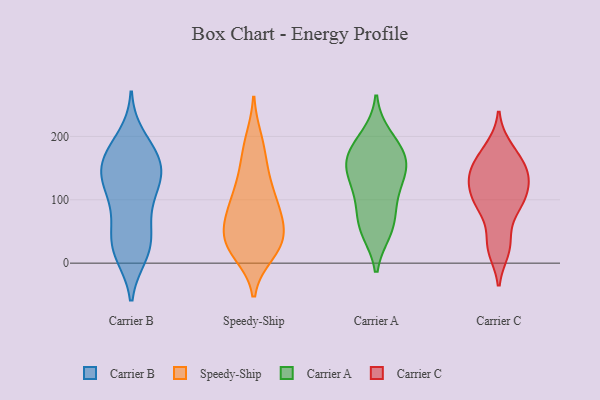
{"axis": {"x": "Budget (USD K)", "y": "Value"}, "legend": ["Carrier A", "Carrier B", "Carrier C", "Speedy-Ship"], "data": [{"x": "", "y": 165, "type": "Carrier B"}, {"x": "", "y": 154, "type": "Carrier B"}, {"x": "", "y": 43, "type": "Carrier B"}, {"x": "", "y": 165, "type": "Carrier B"}, {"x": "", "y": 168, "type": "Carrier B"}, {"x": "", "y": 120, "type": "Carrier B"}, {"x": "", "y": 27, "type": "Carrier B"}, {"x": "", "y": 16, "type": "Carrier B"}, {"x": "", "y": 76, "type": "Carrier B"}, {"x": "", "y": 132, "type": "Carrier B"}, {"x": "", "y": 176, "type": "Carrier B"}, {"x": "", "y": 27, "type": "Carrier B"}, {"x": "", "y": 131, "type": "Carrier B"}, {"x": "", "y": 116, "type": "Carrier B"}, {"x": "", "y": 198, "type": "Carrier B"}, {"x": "", "y": 131, "type": "Carrier B"}, {"x": "", "y": 14, "type": "Carrier B"}, {"x": "", "y": 71, "type": "Carrier B"}, {"x": "", "y": 179, "type": "Speedy-Ship"}, {"x": "", "y": 60, "type": "Speedy-Ship"}, {"x": "", "y": 29, "type": "Speedy-Ship"}, {"x": "", "y": 99, "type": "Speedy-Ship"}, {"x": "", "y": 37, "type": "Speedy-Ship"}, {"x": "", "y": 136, "type": "Speedy-Ship"}, {"x": "", "y": 193, "type": "Speedy-Ship"}, {"x": "", "y": 84, "type": "Speedy-Ship"}, {"x": "", "y": 136, "type": "Speedy-Ship"}, {"x": "", "y": 83, "type": "Speedy-Ship"}, {"x": "", "y": 28, "type": "Speedy-Ship"}, {"x": "", "y": 17, "type": "Speedy-Ship"}, {"x": "", "y": 88, "type": "Speedy-Ship"}, {"x": "", "y": 40, "type": "Speedy-Ship"}, {"x": "", "y": 31, "type": "Speedy-Ship"}, {"x": "", "y": 116, "type": "Carrier A"}, {"x": "", "y": 189, "type": "Carrier A"}, {"x": "", "y": 171, "type": "Carrier A"}, {"x": "", "y": 120, "type": "Carrier A"}, {"x": "", "y": 151, "type": "Carrier A"}, {"x": "", "y": 160, "type": "Carrier A"}, {"x": "", "y": 200, "type": "Carrier A"}, {"x": "", "y": 146, "type": "Carrier A"}, {"x": "", "y": 161, "type": "Carrier A"}, {"x": "", "y": 89, "type": "Carrier A"}, {"x": "", "y": 66, "type": "Carrier A"}, {"x": "", "y": 51, "type": "Carrier A"}, {"x": "", "y": 51, "type": "Carrier A"}, {"x": "", "y": 91, "type": "Carrier C"}, {"x": "", "y": 136, "type": "Carrier C"}, {"x": "", "y": 162, "type": "Carrier C"}, {"x": "", "y": 134, "type": "Carrier C"}, {"x": "", "y": 152, "type": "Carrier C"}, {"x": "", "y": 183, "type": "Carrier C"}, {"x": "", "y": 32, "type": "Carrier C"}, {"x": "", "y": 99, "type": "Carrier C"}, {"x": "", "y": 90, "type": "Carrier C"}, {"x": "", "y": 123, "type": "Carrier C"}, {"x": "", "y": 21, "type": "Carrier C"}]}